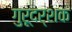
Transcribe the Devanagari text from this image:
गुरूदर्शक